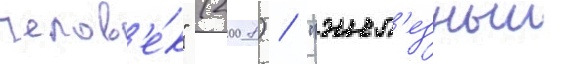
челов'е́к" (2008) / "жел'езныи